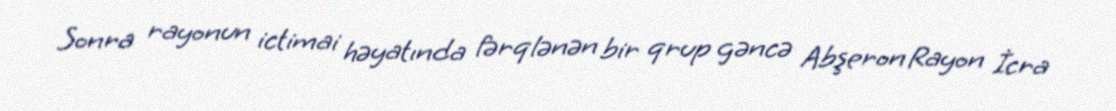
Sonra rayonun ictimai həyatında fərqlənən bir qrup gəncə Abşeron Rayon İcra